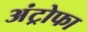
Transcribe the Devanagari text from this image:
अंट्रोफा